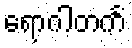
ရောဂါတင်္ကံ